Indian Medical Review
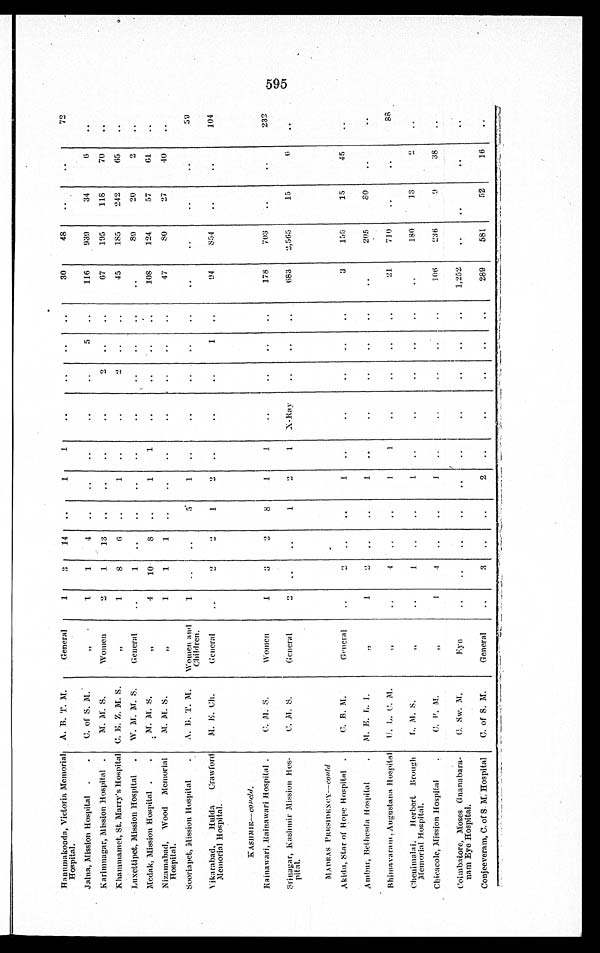
Hanumakonda, Victoria Memorial
Hospital.
A. B. T. M.
General
1
3
14
1
1
30
48
72
Jalna, Mission Hospital
C. of S. M
„
1
1 4
5
116
939
34
6
Karimnagar, Mission Hospital
M. M. S.
Women
2
1
13
2
67
195
118
70
Khammamet, St. Marry's Hospital C. E. Z. M. S
„
1
8
6
1
2
45
185
242
65
Luxettipet, Mission Hospital
W. M. M. S.
General
1
89
20
2
Medak, Mission Hospital
M. M. S
„
4
10
8
1
1
108
124
57
61
Nizamabad, Wood Memorial
Hospital.
M. M.S
„
1
1
1
47
80
27
40
Sooriapet, Mission Hospital
A. B. T. M. Women and
Children.
1
5
1
59
Vikarabad, Hulda Crawford
Memorial Hospital.
M. E. Ch.
General
2
2
1
2
1
94
854
104
KASHMIR— c o n c l d .
Rainawari, Rainawari Hospital
C. M. S.
Women
1
3
2
8
1
1
178
703
232
Srinagar, Kashmir Mission Hos-
pital.
C. M. S.
General
2
1
2
1 X-Ray
683 2,565
15
6
MADRAS PRESIDENCY—contd
Akidu, Star of Hope Hospital
C. B. M.
General
2
1
3
155
15
45
Ambur, Bethesda Hospital
M . E . L . I .
„
1
2
1
205
8 0
Bhimavaram, Augustana Hospital
U . L . C . M .
„
4
1
1
21
710
88
Chenimalai, Herbert Brough
Memorial Hospital.
L . M . S .
„
1
1
1 8 0
13
2
Chicacole, Mission Hospital
C. P. M.
„
1
4
1
106
236
9
38
Coimbatore, Moses Gnanabara-
nam Eye Hospital.
C . S w . M .
Ey e
1,252
Conjeeveram, C. of S. M. Hospital
C. of S. M.
General
3
2
289
581
52
16